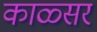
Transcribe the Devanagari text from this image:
काळ्सर